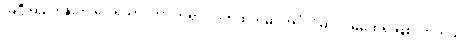
အဲဒီအခါတုန်းက ပေါရိသာဒဟာ ဘုရားလက်ထက်မှာ အင်္ဂုလိမာလ မထေရ် ဖြစ်လာတယ်၊